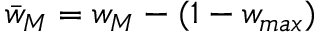
\bar { w } _ { M } = w _ { M } - ( 1 - w _ { m a x } )